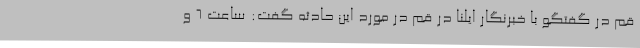
قم در گفتگو با خبرنگار ایلنا در قم در مورد این حادثه گفت: ساعت 6 و